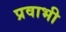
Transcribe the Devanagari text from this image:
प्रवाभी